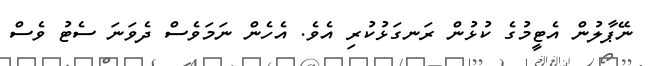
ނޭޕާލުން އެޓީމުގެ ކުޅުން ރަނގަޅުކުރި އެވެ. އެހެން ނަމަވެސް ދެވަނަ ސެޓު ވެސް